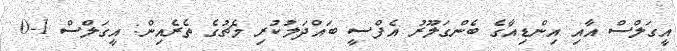
އީގަލްސް އާއި އިންޑިއާގެ ބެންގަލޫރު އެފްސީ ބައްދަލުކުރި މެޗުގެ ތެރެއިން: އީގަލްސް 1-0